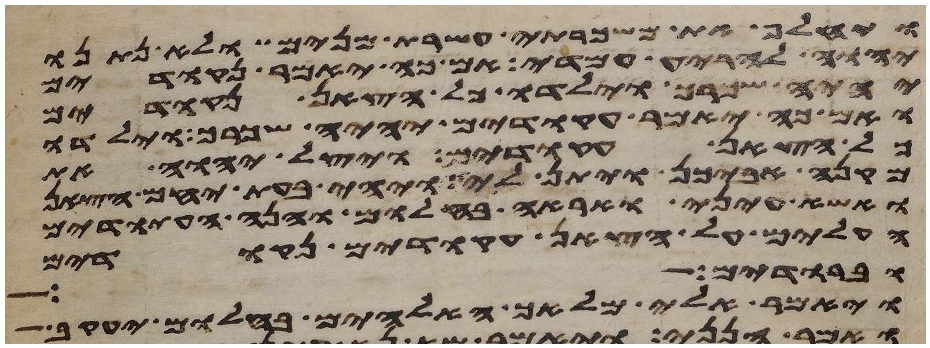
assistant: ויחלף את משכרתי עשרת מנים ולא נתנו
יהוה להריע עמדי אם כה יאמר נקודים
יהיה שכרך וילדו כל הצאן נקודים
ואם כה יאמר עקודים יהיה שכרך וילדו
כל הצאן עקודים ויצל יהוה את
מקנה אביכן ויתן לי ויהי בעת יחם הצאן
ואשא עיני ואראה בחלום והנה העתודים
העלים על הצאן עקודים נקודים
וברודים
ויאמר אלי מלאך האלהים בחלום יעקב